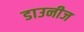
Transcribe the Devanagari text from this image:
डाउनीज